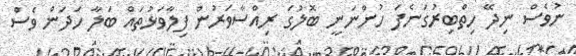
ނުވެސް ނިދޭ ހިތްބިރުގަނެފަ ހުންނަނީ ބޮލުގަ ރިއްސާވަރުން ފިލާވަޅުތައް ބަލާ ހަދަން ވެސް